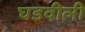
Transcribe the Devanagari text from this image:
घडवीली